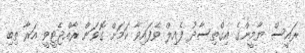
ރައީސް ޔާމީންގެ އިގްތިސާދު ފެއިލް ވެފައިވާ ކަމަށް ގޮވަން ރާއްޖެޓީވީ އަރާ ތިބި